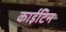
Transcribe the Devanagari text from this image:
काईटिन